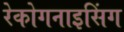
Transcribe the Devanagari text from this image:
रेकोगनाइसिंग